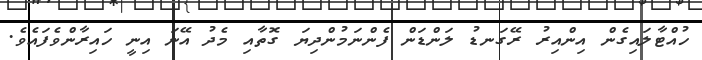
ހުއްޓާލައިގެން އިންއިރު ރޭގަނޑު ލަންޑަން ފެންނަމުންދިޔަ ގޮތާއި މެދު އޭނަ އިނީ ހައިރާންވެފައެވެ.